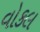
વોકલ